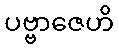
ပဗ္ဗာဇေဟိ